Scottish Leaving Certificate Examination, 1955
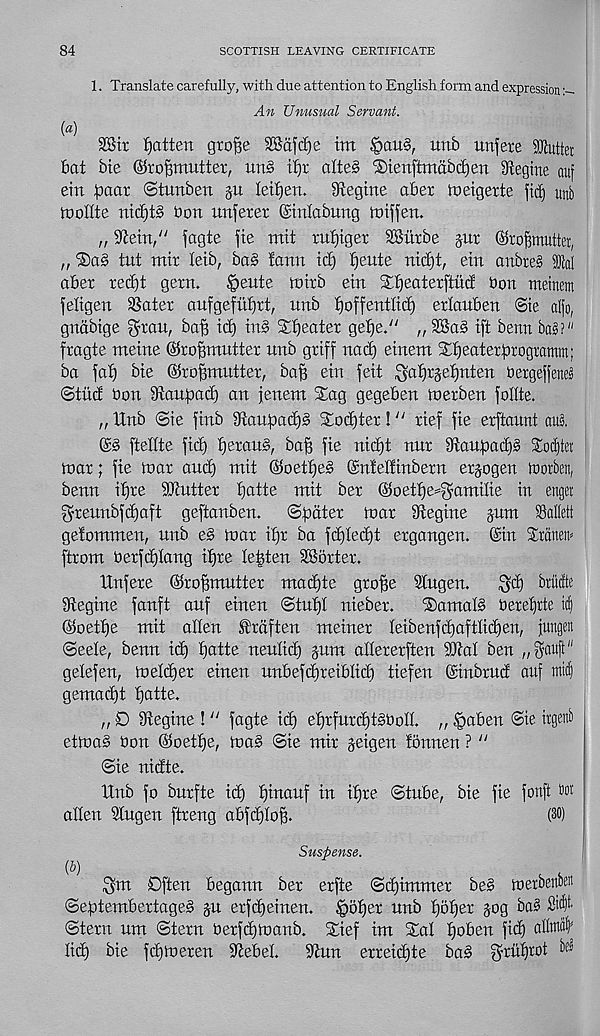
84
SCOTTISH LEAVING CERTIFICATE
1. Translate carefully, with due attention to English form and expression
An Unusual Servant.
(a)
28tr fjatten grofie SBdjcf)e im
unb unfere Mutter
bat bie ©rofjmutter, un§ tf)r afte§ ®ienftmdbd)en 9tegine attj
ein paar ©tunben ju Ietf)en.
9tegtne aber mergerte fid) unb
moffte nicf)t§ bon unferer (Sinlabung miffen.
„ Stein/' fagte fie mit rufjiger SBi’trbe pr ©ro^mutter,
„ ®a§ tut mtr feib, ba§ fann id) fjente nidjt, ein anbreS lai
aber red)t gern.
ipeute mirb ein Xfjeaterftud bon meinetn
fefigen 3Sater anfgefuf)rt, nnb f)offentIid) erfauben (3ie aifo,
gndbige ^rau, ba§ id) in§ Sfjeater geife." „2Ba§ iff benn ba§?"
fragte meine ©rofsmntter unb griff nad) einem Sfjeaterbrogramm;
ba faf) bie ©roffmutter, baff ein feit $af)r§ef)nten bergeffeneb
©titd bon Siaufead) an fenent Sag gegeben merben follte.
,, Unb ©ie finb 3taupad)§ Sod)ter !" rtef fie erftaunt aub.
©§ fteffte fid) f)erau§, ba^ fie nid)t nnr 9tauf)ad)§ Soditet
mar; fte mar and) mit @oetf)e§ ©nMfinberrt erpgen tnorben,
benn ifjre SJtutter fjatte mit ber ©oetfie^^amilie in enget
greunbfdjaft geftanben.
©pater mar fftegine pm SSaliett
gefommen, unb e§ mar ipr ba fd)led)t ergangen. ©in Sraneti^
ftrom berfdjfang ipre fepten ^Sorter.
Unfere ©ropmntter macpte grope Sfngen.
^cp btucfte
fRegine fanft auf emeu ©tup! nteber.
Samaf§ bereprte id)
©oetpe mit alien It'rdften metner Ieibenfd)aftiid)en, jungen
©eefe, benn tcp patte nenficp pm affererften SJtal ben
gefefen, mefcper einen unbefcpreibficp tiefen ©inbrud anf mid)
gemaipt patte.
„ D Stegine !" fagte id) eprfurcptSboIL „ §aben ©ie ttgend
etma§ bon ©oetpe, ma§ ©ie mir geigen fonnen ? "
©ie nidte.
Unb fo burfte icp pinanf in tpre ©tube, bie fie fonft t)ot
alien Slugen ftreng abfcplop.
(30)
Suspense.
Co)
$m Often begann ber erfte ©cpimmer be§ merbenben
©eptembertageS p erfcpeinen. §oper unb pbper pg bab
©tern nm ©tern berfdjmanb. Sief im Sal poben fid) aflw^
licp bie ftpmeren Stebel.
Stun erreicpte ba§ f^ruprot be3